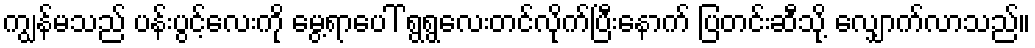
ကျွန်မသည် ပန်းပွင့်လေးကို မွေ့ရာပေါ် ရွရွလေးတင်လိုက်ပြီးနောက် ပြတင်းဆီသို့ လျှောက်လာသည်။